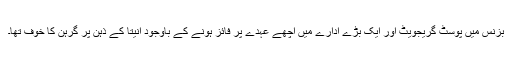
بزنس میں پوسٹ گریجویٹ اور ایک بڑے ادارے میں اچھے عہدے پر فائز ہونے کے باوجود انیتا کے ذہن پر گرہن کا خوف تھا۔